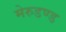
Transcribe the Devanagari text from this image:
मेरुडण्ड